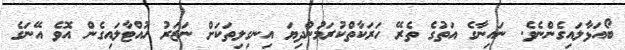
ބޯއަޅާލައިގެންނެވެ. ނައިނާގެ އަތުގެ ތެރޭ ހަރަކާތްކުރަމުންދިޔަ އިނގިލިތަކަށް ނަަަޒަރު ހުއްޓާލައިގެން އޮވެ އޭނަގެ